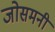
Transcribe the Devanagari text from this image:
जोसमनी